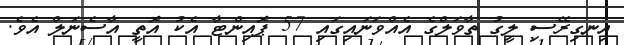
އިނގިރޭސި ލީގު ތާވަލްގެ އެއްވަނައިގައި 57 ޕޮއިންޓާ އެކު އޮތީ އާސެނަލް އެވެ.